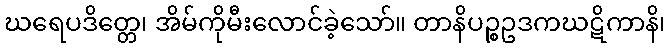
ဃရေပဒိတ္တေ၊ အိမ်ကိုမီးလောင်ခဲ့သော်။ တာနိပဉ္စဥဒကဃဋိကာနိ၊